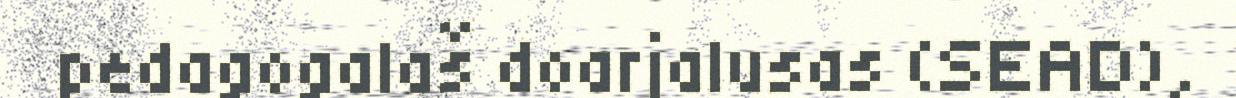
pedagogalaš doarjalusas (SEAD),